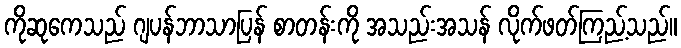
ကိုဆုကေသည် ဂျပန်ဘာသာပြန် စာတန်းကို အသည်းအသန် လိုက်ဖတ်ကြည့်သည်။